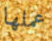
عملها